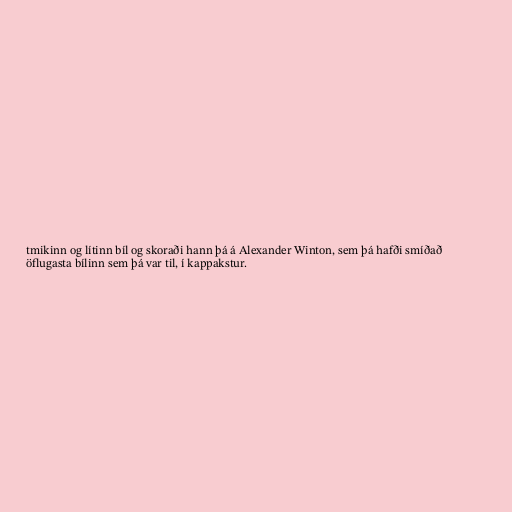
tmikinn og lítinn bíl og skoraði hann þá á Alexander Winton, sem þá hafði smíðað
öflugasta bílinn sem þá var til, í kappakstur.